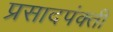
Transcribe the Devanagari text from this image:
प्रसादपंक्ती